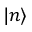
\vert n \rangle